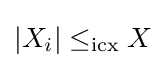
|X_{i}|\leq _{\mathrm {icx} }X